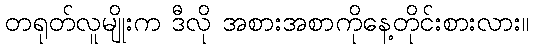
တရုတ်လူမျိုးက ဒီလို အစားအစာကိုနေ့တိုင်းစားလား။